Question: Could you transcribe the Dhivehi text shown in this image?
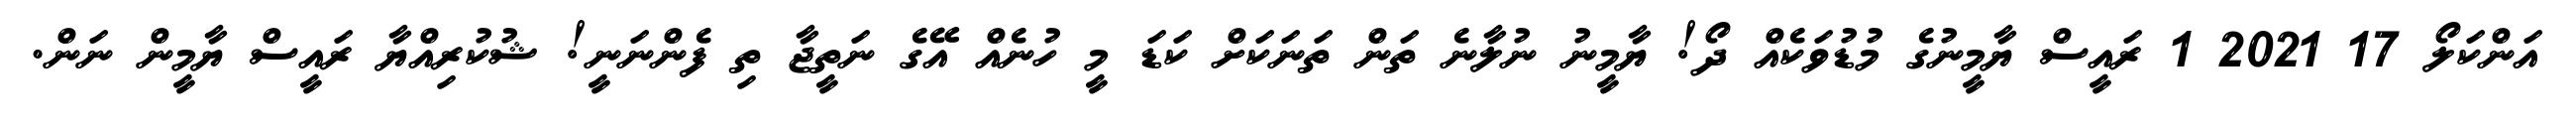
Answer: އަންކަލޯ 17 2021 1 ރައީސް ޔާމީނުގެ މުޑުވަކެއް ދޯ! ޔާމީނު ނުލާނެ ތަން ތަނަކަށް ކަޑަ މީ ހުނެއް އޭގެ ނަތީޖާ ތި ފެންނަނީ! ޝުކުރިއްޔާ ރައީސް ޔާމީން ނަން.